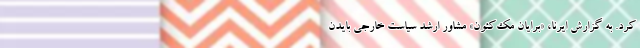
کرد. به گزارش ایرنا، «برایان مک‌کئون» مشاور ارشد سیاست خارجی بایدن